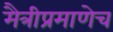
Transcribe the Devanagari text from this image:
मैत्रीप्रमाणेच